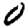
Digit: 0